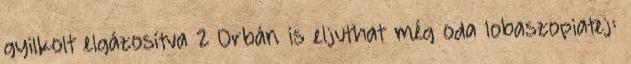
gyilkolt elgázosítva 2 Orbán is eljuthat még oda lobaszopiatej: